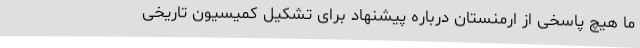
ما هیچ پاسخی از ارمنستان درباره پیشنهاد برای تشکیل کمیسیون تاریخی